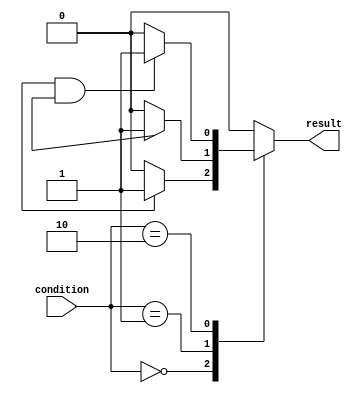
module case_if_else (
    input [1:0] condition,
    output reg result
);

always @(condition) begin
    case (condition)
        2'b00: begin
            if (some_signal) begin
                result <= 1;
            end else begin
                result <= 0;
            end
        end
        2'b01: begin
            if (another_signal) begin
                result <= 1;
            end else begin
                result <= 0;
            end
        end
        2'b10: begin
            if (some_signal && another_signal) begin
                result <= 1;
            end else begin
                result <= 0;
            end
        end
        default: begin
            result <= 0;
        end
    endcase
end

endmodule